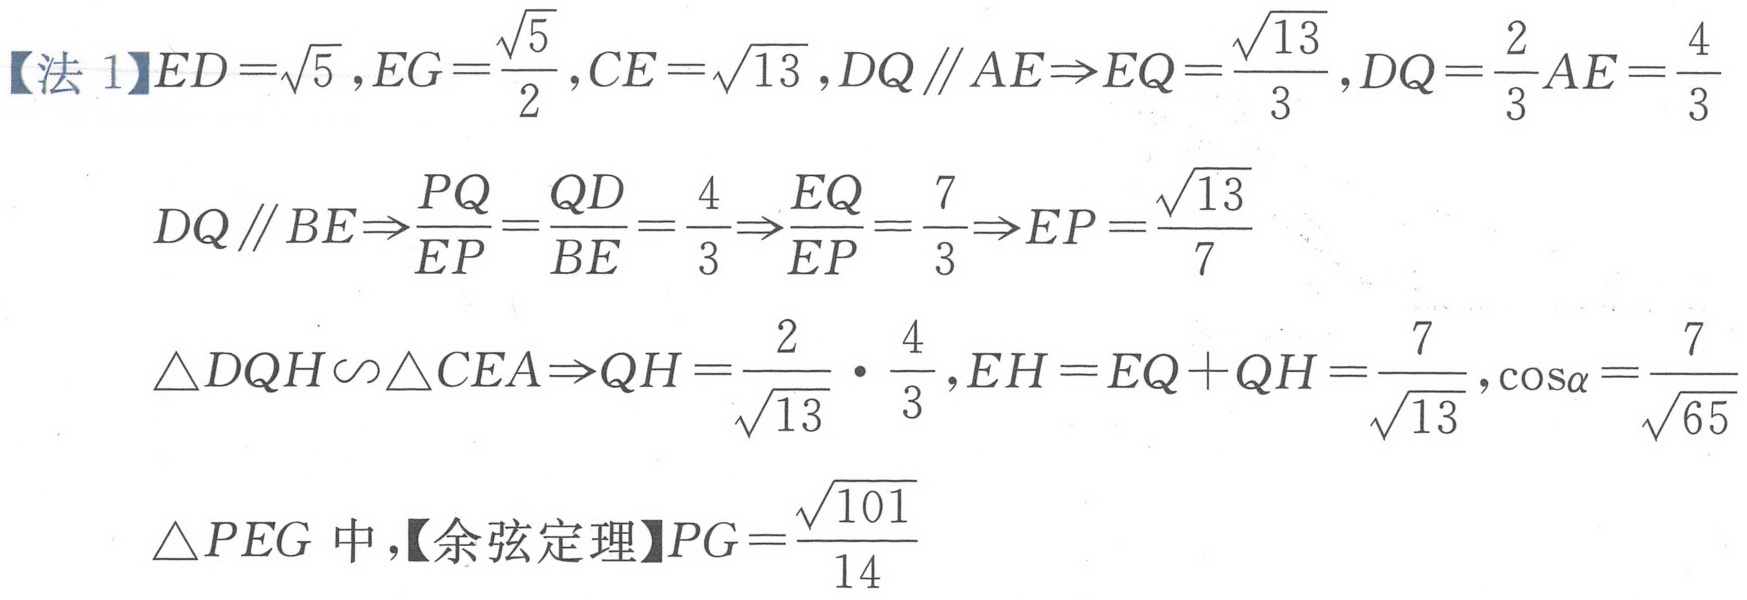
【法 1】$ED = \sqrt{5},EG=\frac{\sqrt{5}}{2},CE = \sqrt{13},DQ\parallel AE\Rightarrow EQ=\frac{\sqrt{13}}{3},DQ=\frac{2}{3}AE=\frac{4}{3}$
$DQ\parallel BE\Rightarrow\frac{PQ}{EP}=\frac{QD}{BE}=\frac{4}{3}\Rightarrow\frac{EQ}{EP}=\frac{7}{3}\Rightarrow EP=\frac{\sqrt{13}}{7}$
$\triangle DQH\backsim\triangle CEA\Rightarrow QH=\frac{2}{\sqrt{13}}\cdot\frac{4}{3},EH = EQ + QH=\frac{7}{\sqrt{13}},\cos\alpha=\frac{7}{\sqrt{65}}$
$\triangle PEG$中,【余弦定理】$PG=\frac{\sqrt{101}}{14}$